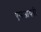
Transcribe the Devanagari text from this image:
एसआयबी